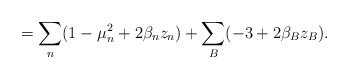
\begin{align*}=\sum_n(1-\mu _n^2+2\beta_n z_n) + \sum_B (-3 +2\beta_B z_B).\end{align*}